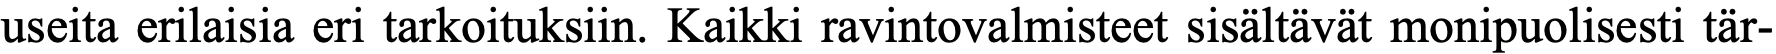
useita erilaisia eri tarkoituksiin. Kaikki ravintovalmisteet sisältävät monipuolisesti tär-